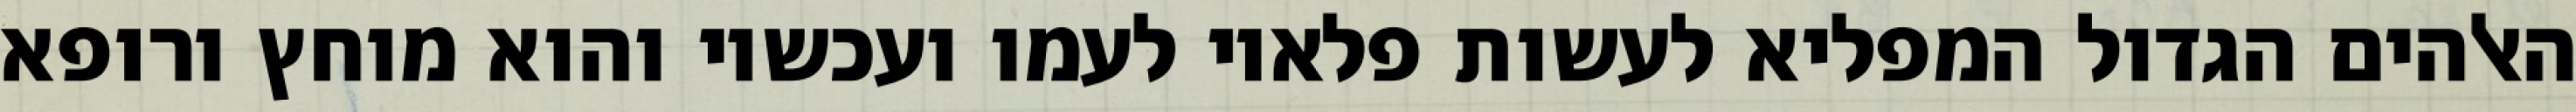
האלהים הגדול המפליא לעשות פלאיו לעמו ועכשיו והוא מוחץ ורופא